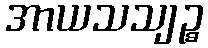
အာယသသျဉ္စ